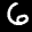
Label: 6